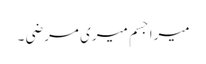
میرا جسم میری مرضی ۔